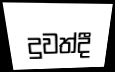
දුවත්දී